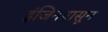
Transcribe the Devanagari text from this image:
इंजिनपासून